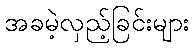
အခမဲ့လှည့်ခြင်းများ